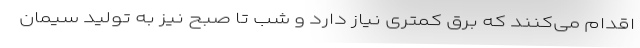
اقدام می‌کنند که برق کمتری نیاز دارد و شب تا صبح نیز به تولید سیمان